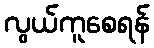
လွယ်ကူစေရန်